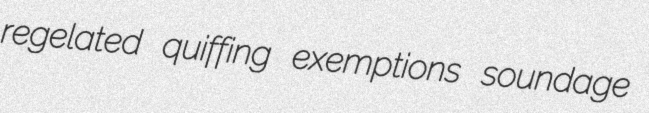
regelated quiffing exemptions soundage